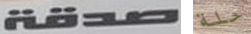
صدقة حلة